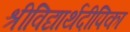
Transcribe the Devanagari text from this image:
श्रीविद्यार्थदीपिका